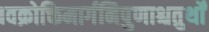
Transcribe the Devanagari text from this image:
।वक्रोक्तिमार्गनिपुणाश्चतुर्थों